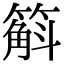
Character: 䈸